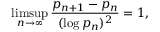
\operatorname* { l i m s u p } _ { n \rightarrow \infty } { \frac { p _ { n + 1 } - p _ { n } } { ( \log p _ { n } ) ^ { 2 } } } = 1 ,